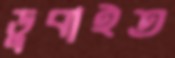
ডুবাইত